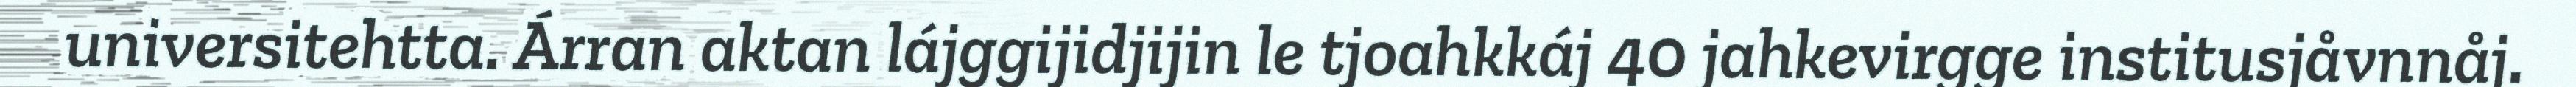
universitehtta. Árran aktan lájggijidjijin le tjoahkkáj 40 jahkevirgge institusjåvnnåj.